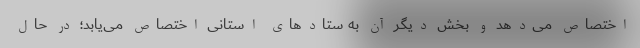
اختصاص می‌دهد و بخش دیگر آن به ستادهای استانی اختصاص می‌یابد؛ در حال